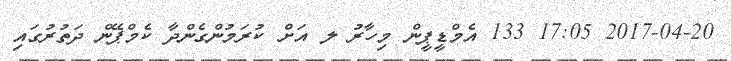
2017-04-20 17:05 133 އެމްޑީޕީން މިހާރު ލ އަށް ކުރަމުންގެންދާ ކެމްޕޭން ދަތުރުގައި